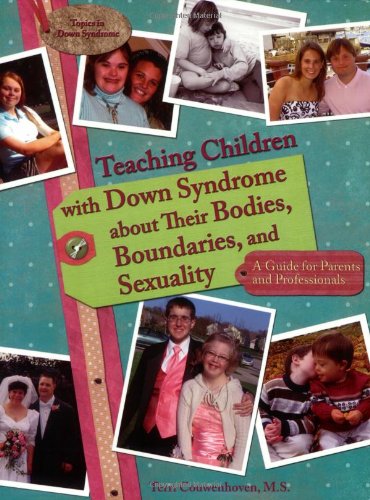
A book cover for Teaching Children with Down Syndrome about Their Bodies, Boundaries, and Sexuality (Topics in Down Syndrome); Terri Couwenhoven; Health, Fitness & Dieting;